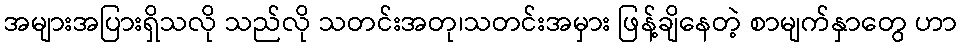
အများအပြားရှိသလို သည်လို သတင်းအတု၊သတင်းအမှား ဖြန့်ချိနေတဲ့ စာမျက်နှာတွေ ဟာ